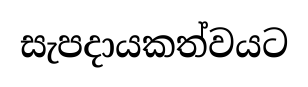
සැපදායකත්වයට